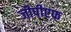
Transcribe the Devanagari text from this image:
जीपीएफ